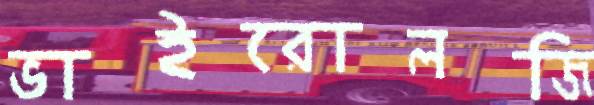
ভাইরোলজি